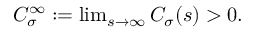
\begin{array} { r } { C _ { \sigma } ^ { \infty } : = \operatorname* { l i m } _ { s \to \infty } C _ { \sigma } ( s ) > 0 . } \end{array}